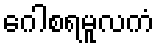
ဂေါစရမူလကံ